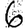
Digit: 6